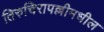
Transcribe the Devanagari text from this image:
तिरुचिरापल्लीमधील